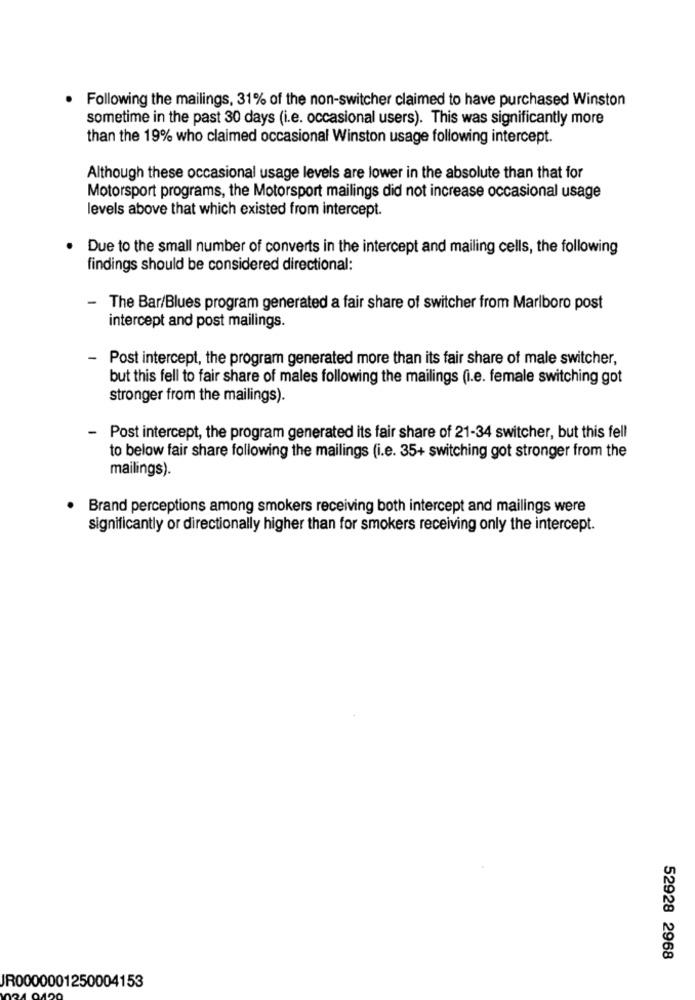
Following the mailings, 31% of the non-switcher claimed to have purchased Winston
sometime in the past 30 days (i.e. occasional users). This was significantly more
than the 19% who claimed occasional Winston usage following intercept.
Although these occasional usage levels are lower in the absolute than that for
Motorsport programs, the Motorsport mailings did not increase occasional usage
levels above that which existed from intercept.
Due to the small number of converts in the intercept and mailing cells, the following
findings should be considered directional:
- The Bar/Blues program generated a fair share of switcher from Marlboro post
intercept and post mailings.
-
Post intercept, the program generated more than its fair share of male switcher,
but this fell to fair share of males following the mailings (i.e. female switching got
stronger from the mailings).
- Post intercept, the program generated its fair share of 21-34 switcher, but this fell
to below fair share following the mailings (i.e. 35+ switching got stronger from the
mailings).
Brand perceptions among smokers receiving both intercept and mailings were
significantly or directionally higher than for smokers receiving only the intercept.
52928 2968
JR0000001250004153